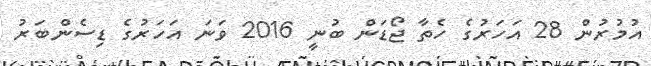
އުމުރުން 28 އަހަރުގެ ހެތާ ޖޯޑަން ބުނީ 2016 ވަނަ އަހަރުގެ ޑިސެންބަރު